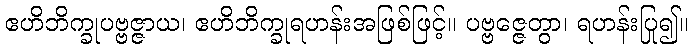
ဧဟိဘိက္ခုပဗ္ဗဇ္ဇာယ၊ ဧဟိဘိက္ခုရဟန်းအဖြစ်ဖြင့်။ ပဗ္ဗဇ္ဇေတွာ၊ ရဟန်းပြု၍။